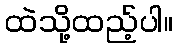
ထဲသို့ထည့်ပါ။